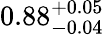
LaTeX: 0.88_{-0.04}^{+0.05}